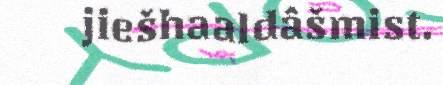
jiešhaaldâšmist.